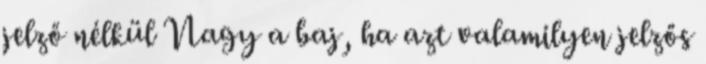
jelző nélkül Nagy a baj, ha azt valamilyen jelzős